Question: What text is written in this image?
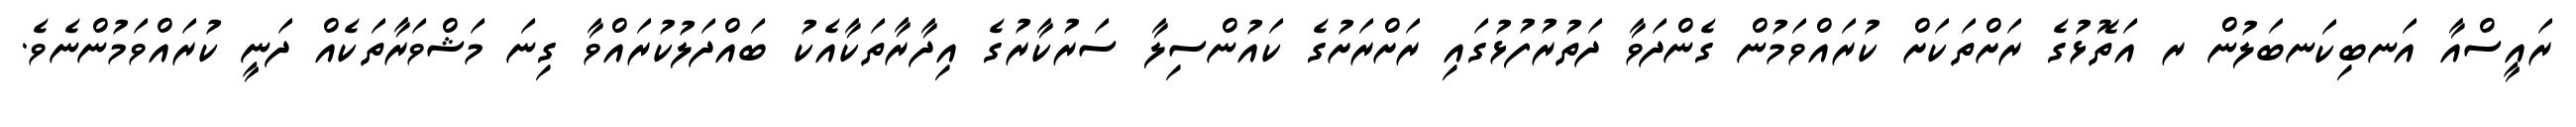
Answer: ރައީސްއާ އަނބިކަނބަލުން ރ އަތޮޅުގެ ރަށްތަކަށް ކުރައްވަމުން ގެންދަވާ ދަތުރުފުޅުގައި ރަށްރަށުގެ ކައުންސިލާ ސަރުކާރުގެ އިދާރާތަކާއެކު ބައްދަލުކުރައްވާ ގިނަ މަޝްވަރާތަކެއް ދަނީ ކުރައްވަމުންނެވެ.